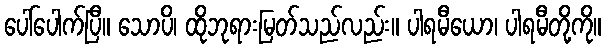
ပေါ်ပေါက်ပြီ။ သောပိ၊ ထိုဘုရားမြတ်သည်လည်း။ ပါရမီယော၊ ပါရမီတို့ကို။